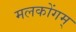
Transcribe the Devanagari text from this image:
मलकोंगम्